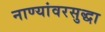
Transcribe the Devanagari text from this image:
नाण्यांवरसुद्धा